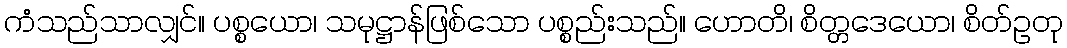
ကံသည်သာလျှင်။ ပစ္စယော၊ သမုဋ္ဌာန်ဖြစ်သော ပစ္စည်းသည်။ ဟောတိ၊ စိတ္တဒေယော၊ စိတ်ဥတု